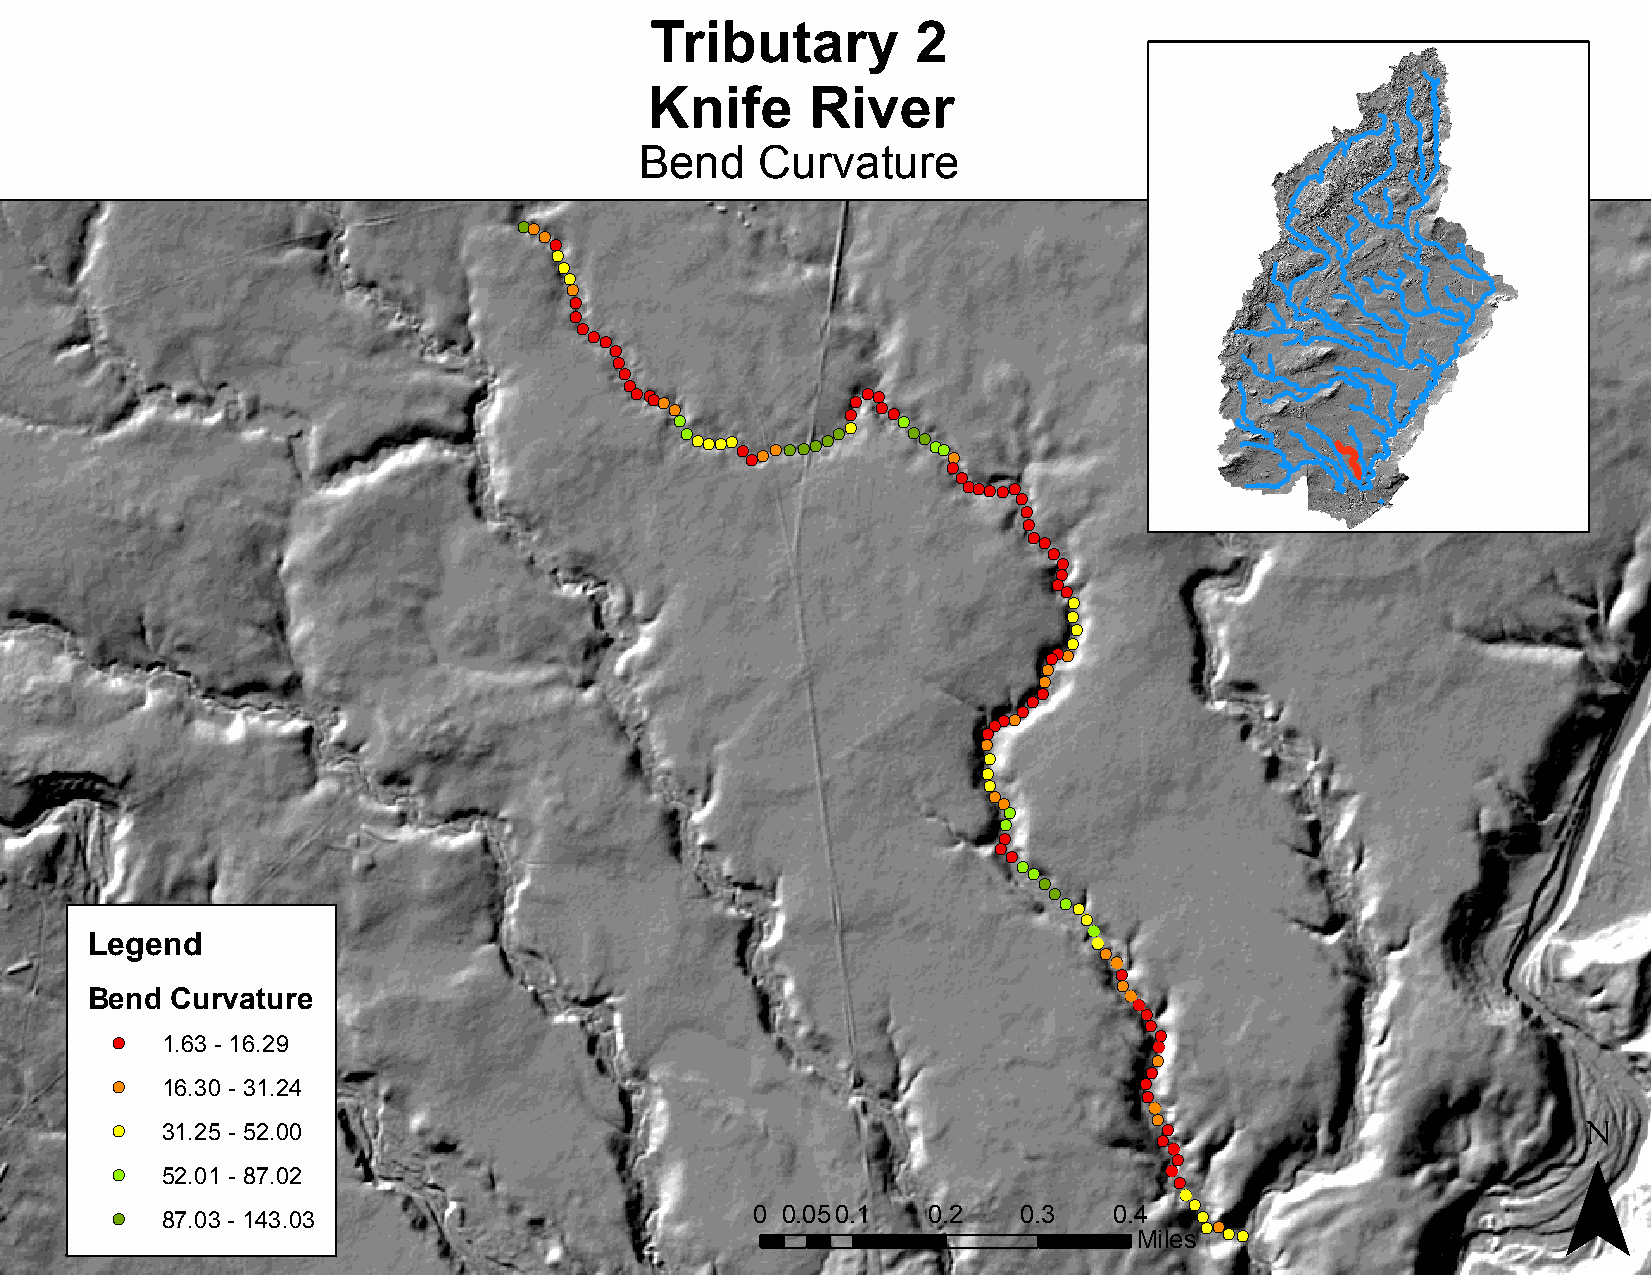
Tributary         2
 Knife      River
 Bend    Curvature
 !(!(
 !(
 !(
 !(
 !(
 !(
 !(
 !(
 !(
 !(
 !(!(
 !(
 !(
 !(
 !(
 !(!(!(!(
 !(          !(!(
 !(!(
 !( !(
 !( !( !(!(!(!( !( !(!(!(!(!(!(!(!(!( !( !( !( !(!(
 !(
 !(
 !(
 !(!(!(!(!(
 !(
 !(
 !(
 !(!(
 !(
 !(
 !(
 !(
 !(
 !(
 !(
 !(
 !(
 !(!( !(
 !(
 !(
 !(
 !(
 !(
 !(!(!(
 !(
 !(
 !(
 !(
 !(
 !(
 !(
 !(
 !(
 !(
 !(
 !(
 !(
 !(
 !(
 !(
 !(!(
 !(
 (!
 Legend                                                            !(
 !(
 (!
 !(
 !(
 Bend Curvature                                                      (! (!
 !(
 !(
 !(
 !(  1.63 - 16.29                                                     (!
 !(
 !(
 !(  16.30 - 31.24                                                   !( !(                        ¯
 (!
 !(
 !(  31.25 - 52.00                                                     (!
 !(
 (!
 !(
 !(  52.01 - 87.02                                                     (! !(
 (!
 !(
 !(  87.03 - 143.03                         0 0.05 0.1 0.2    0.3   0.4  !( !( !(
 Miles !(!(